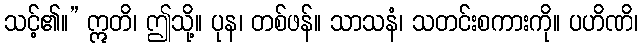
သင့်၏။” ဣတိ၊ ဤသို့။ ပုန၊ တစ်ဖန်။ သာသနံ၊ သတင်းစကားကို။ ပဟိဏိ၊